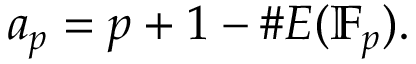
a _ { p } = p + 1 - \# E ( \mathbb { F } _ { p } ) .